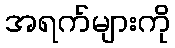
အရက်များကို